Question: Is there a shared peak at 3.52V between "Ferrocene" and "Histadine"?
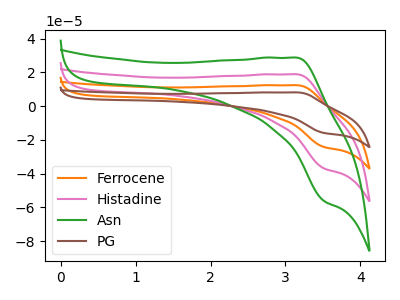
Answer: <think>The orange curve "Ferrocene" has an anodic peak at (3.15V, 37.70uA) and a cathodic peak at (3.50V, -73.80uA). The pink curve "Histadine" has an anodic peak at (3.15V, 18.85uA) and a cathodic peak at (3.50V, -36.90uA). The green curve "Asn" has an anodic peak at (3.15V, 28.70uA) and a cathodic peak at (3.50V, -56.20uA). The brown curve "PG" has an anodic peak at (3.15V, 56.50uA) and a cathodic peak at (3.50V, -110.70uA).</think>
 <answer>Yes, "Ferrocene" and "Histadine" share a peak at 3.52V.</answer>
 <eval>match</eval>